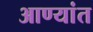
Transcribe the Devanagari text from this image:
आण्यांत